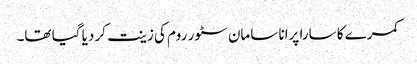
کمرے کا سارا پرانا سامان سٹور روم کی زینت کر دیا گیا تھا۔